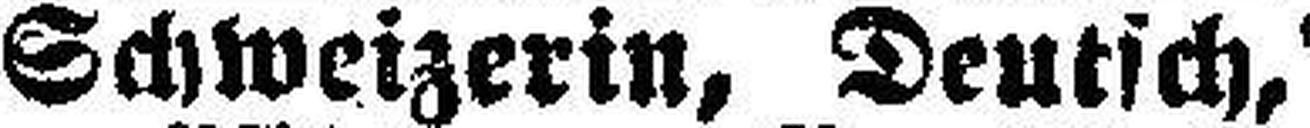
Schweizerin, Deutsch,